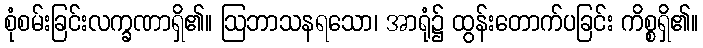
စုံစမ်းခြင်းလက္ခဏာရှိ၏။ ဩဘာသနရသော၊ အာရုံ၌ ထွန်းတောက်ပခြင်း ကိစ္စရှိ၏။